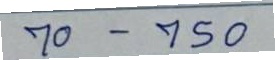
70 - 750